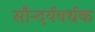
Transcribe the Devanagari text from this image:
सौन्दर्यवर्धक